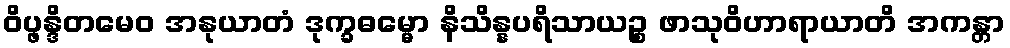
ဝိပ္ဖန္ဒိတမေဝ အနုယာတံ ဒုက္ခဓမ္မော နိသိန္နပရိသာယဉ္စ ဖာသုဝိဟာရာယာတိ အကန္တာ